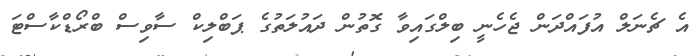
އެ ޗެނަލް އުފައްދަން ޖެހެނީ ބިލްގައިވާ ގޮތުން ދައުލަތުގެ ޕަބްލިކް ސާވިސް ބްރޯޑްކާސްޓަ